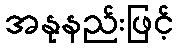
အနုနည်းဖြင့်